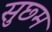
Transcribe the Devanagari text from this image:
सुछ्म